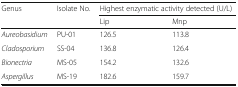
<table><thead><tr><td rowspan="2"><b>Genus</b></td><td rowspan="2"><b>Isolate No.</b></td><td colspan="2"><b>Highest enzymatic activity detected (U/L)</b></td></tr><tr><td><b>Lip</b></td><td><b>Mnp</b></td></tr></thead><tbody><tr><td><i>Aureobasidium</i></td><td>PU-01</td><td>126.5</td><td>113.8</td></tr><tr><td><i>Cladosporium</i></td><td>SS-04</td><td>136.8</td><td>126.4</td></tr><tr><td><i>Bionectria</i></td><td>MS-05</td><td>154.2</td><td>132.6</td></tr><tr><td><i>Aspergillus</i></td><td>MS-19</td><td>182.6</td><td>159.7</td></tr></tbody></table>